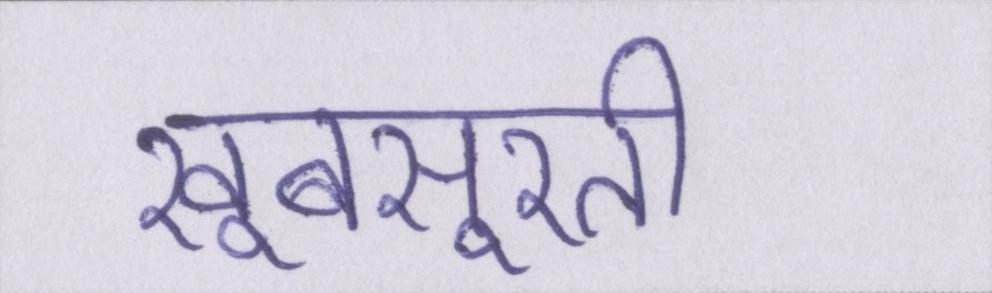
खूबसूरती